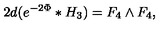
2 d ( e ^ { - 2 \Phi } * H _ { 3 } ) = F _ { 4 } \wedge F _ { 4 } ,